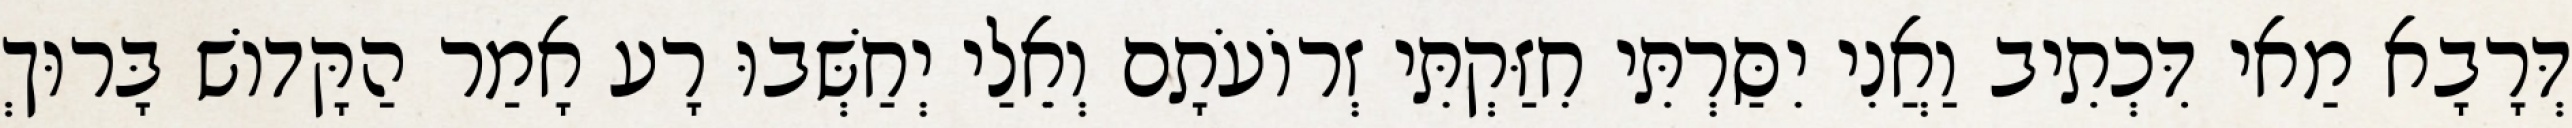
דְּרָבָא מַאי דִּכְתִיב וַאֲנִי יִסַּרְתִּי חִזַּקְתִּי זְרוֹעֹתָם וְאֵלַי יְחַשְּׁבוּ רָע אָמַר הַקָּדוֹשׁ בָּרוּךְ